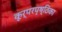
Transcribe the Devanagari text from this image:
कूर्परपृष्ठिका